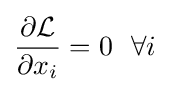
{\frac {\partial {\mathcal {L}}}{\partial x_{i}}}=0~~\forall i